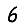
Digit: 6